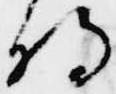
将